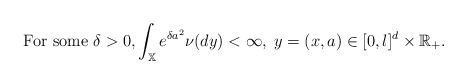
\begin{align*}\mbox{ For some }\delta >0,\int_{\mathbb{X}}e^{\delta a^{2}}\nu (dy)<\infty,\;y=(x,a)\in \lbrack 0,l]^{d}\times \mathbb{R}_{+}.\end{align*}